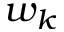
w _ { k }